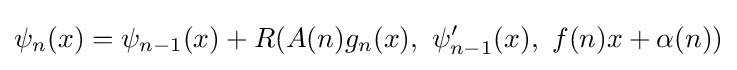
\psi _{n}(x)=\psi _{n-1}(x)+R(A(n)g_{n}(x),\ \psi _{n-1}'(x),\ f(n)x+\alpha (n))